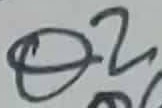
Text: Q2